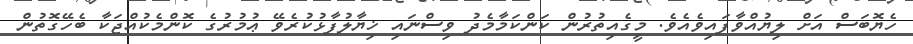
ހެޔޮބަސް އަށް ލިޔުއްވާފައިވެއެވެ. މީގެއިތުރުން ކަންކަމާމެދު ވިސްނައި ޚިޔާލުފާޅުކުރެވޭ ޢުމުރުގެ ކޮންމެކުއްޖަކާ ބެހޭގޮތުން